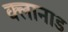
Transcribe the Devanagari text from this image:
क्लानाड